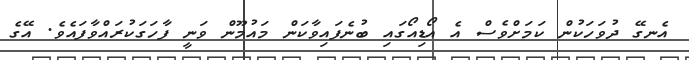
އެނގޭ ދުވަހަކުން ކަމަށްވެސް އެ އޯޑިއޯގައި ބުނެފައިވާކަން މައުމޫން ވަނީ ފާހަަގަކުރައްވާފައެވެ. އޭގެ